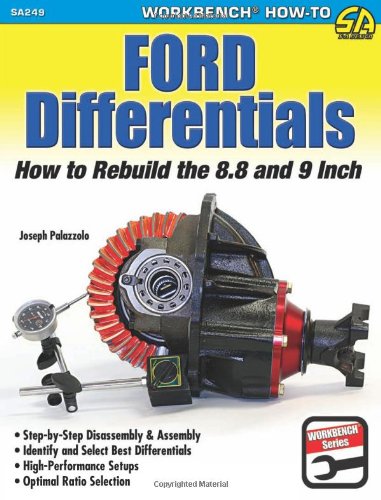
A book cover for Ford Differentials: How to Rebuild the 8.8 and 9 Inch; Joe Palazzolo; Engineering & Transportation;